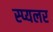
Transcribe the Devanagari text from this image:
स्प्यलर